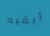
أبقيه